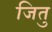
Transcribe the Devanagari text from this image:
जितु